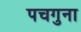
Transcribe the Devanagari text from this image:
पचगुना